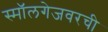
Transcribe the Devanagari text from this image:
स्मॉलगेजवरची